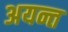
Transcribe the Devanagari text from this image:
अयन्त